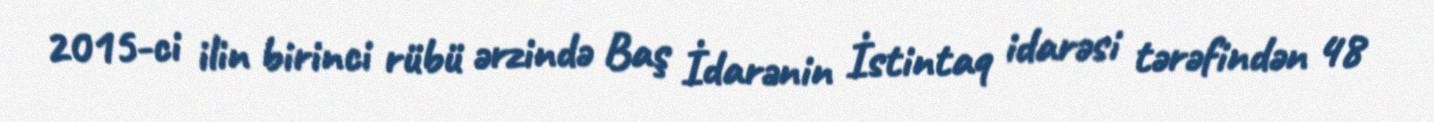
2015-ci ilin birinci rübü ərzində Baş İdarənin İstintaq idarəsi tərəfindən 48